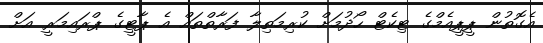
އެގޮތުން ޕީޕީއެމްގެ ޓިކެޓް ހޯދުމަށް ކުރިމަތިލާ ފަރާތްތައް އެ ޕާޓީގެ ޕްރައިމަރީ އަށް